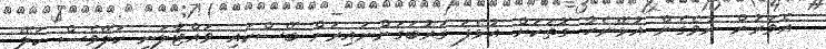
އެވަރުން ނުވެގެން އުޅޭނެހާ ގޮތަކަށް އުޅެފަ ގަރުބަގަންނައިރަށް ބޭސްކައި ވައްޓާލަނީ ކަލޭވެސް ކަލޭ